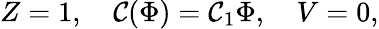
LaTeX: Z=1,\ \ \ \ \mathcal{C}(\Phi)=\mathcal{C}_{1}\Phi,\ \ \ \ V=0,